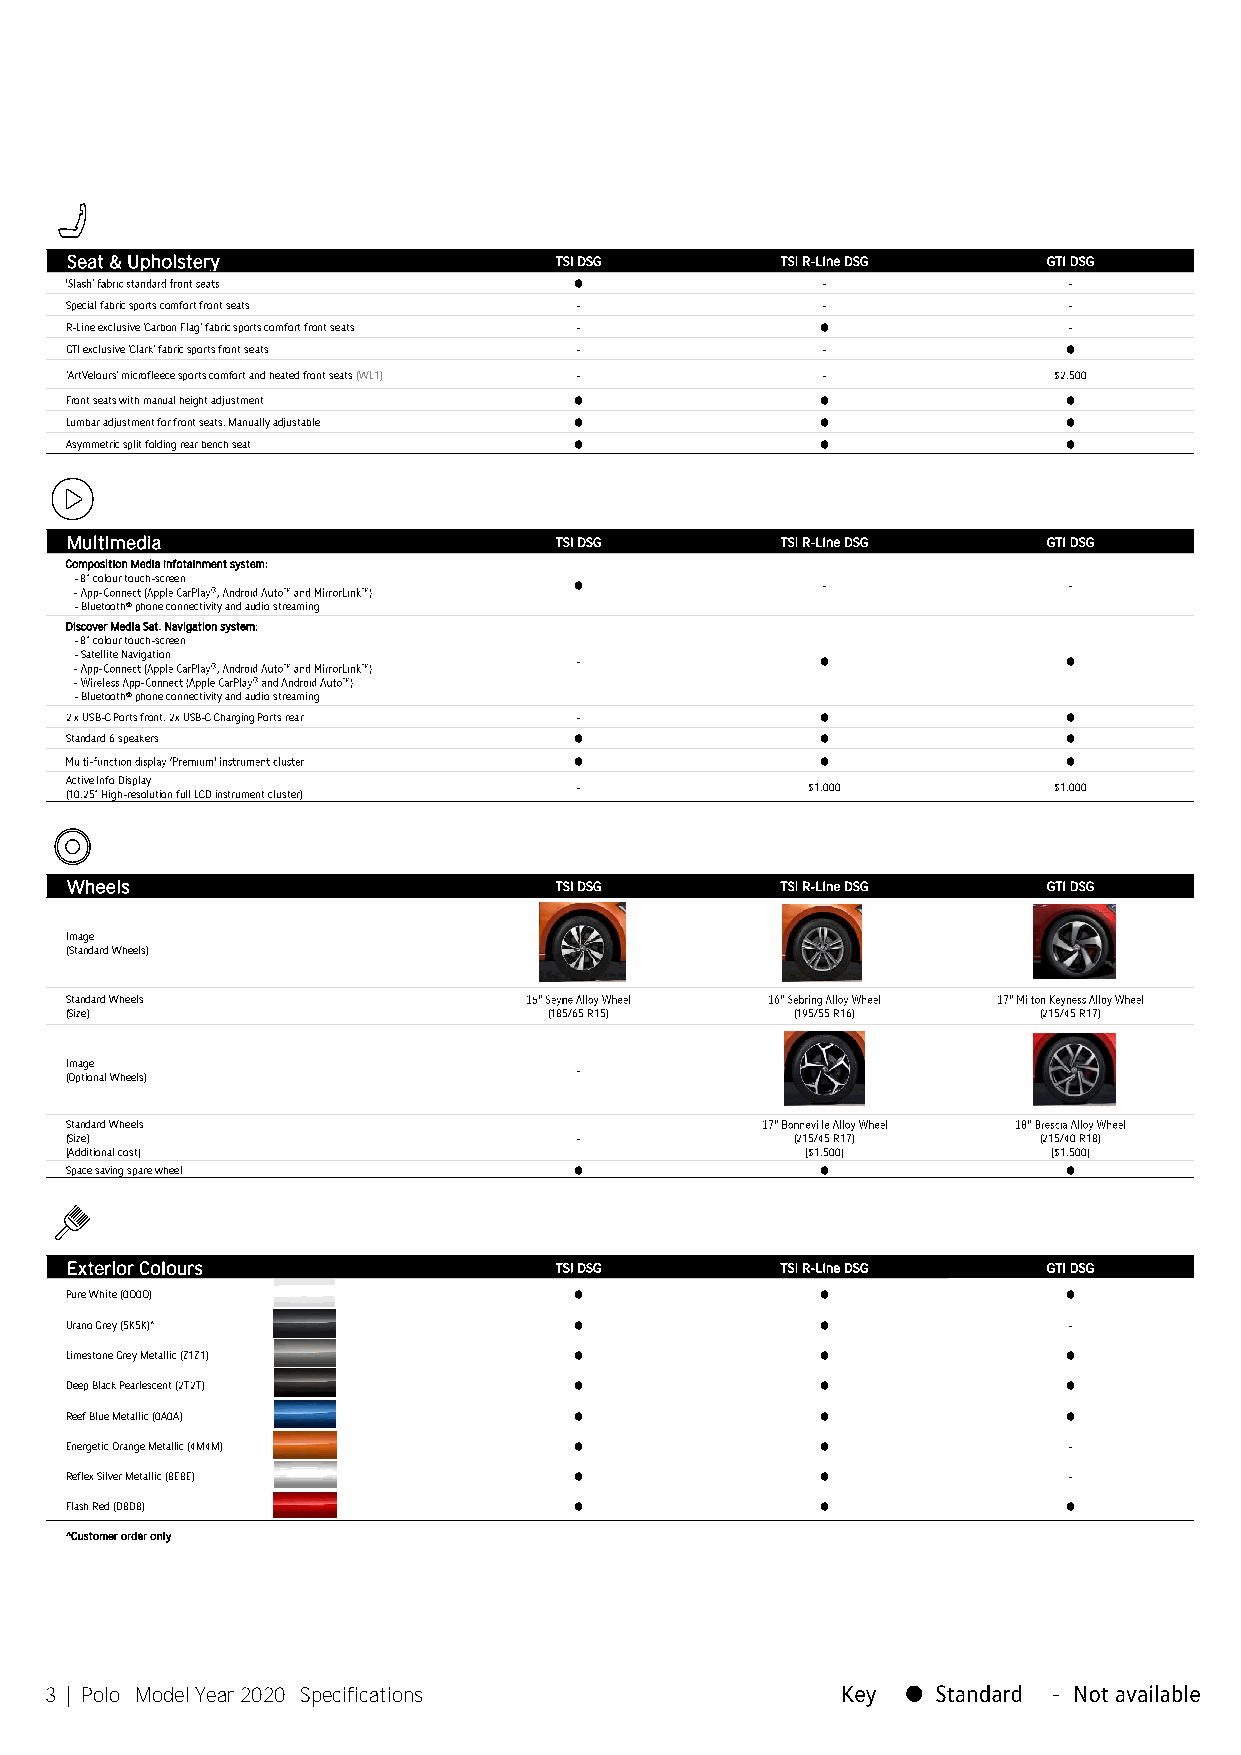
Seat & Upholstery                TSI DSG        TSI R-Line DSG   GTI DSG
 -                -
 Special fabric sports comfort front seats -       -                -
 R-Line exclusive 'Carbon Flag' fabric sports comfort front seats - -
 GTI exclusive 'Clark' fabric sports front seats - -
 'ArtVelours' microfleece sports comfort and heated front seats (WL1) - - $2,500
 Front seats with manual height adjustment
 Lumbar adjustment for front seats, Manually adjustable
 Asymmetric split folding rear bench seat
 Multimedia                       TSI DSG        TSI R-Line DSG   GTI DSG
 Composition Media infotainment system:
 - 8" colour touch-screen
 -                -
 - Bluetooth® phone connectivity and audio streaming
 Discover Media Sat. Navigation system:
 - 8" colour touch-screen
 - Satellite Navigation
 -
 - Bluetooth® phone connectivity and audio streaming
 2 x USB-C Ports front, 2x USB-C Charging Ports rear -
 Standard 6 speakers
 Active Info Display
 -              $1,000           $1,000
 (10.25" High-resolution full LCD instrument cluster)
 Wheels                           TSI DSG        TSI R-Line DSG   GTI DSG
 Image
 (Standard Wheels)
 Standard Wheels
 (Size)                          (185/65 R15)     (195/55 R16)    (215/45 R17)
 Image
 -
 (Optional Wheels)
 Standard Wheels
 (Size)                            -              (215/45 R17)    (215/40 R18)
 [Additional cost]                                [$1,500]         [$1,500]
 Space saving spare wheel
 Exterior Colours                 TSI DSG        TSI R-Line DSG   GTI DSG
 Pure White (0Q0Q)
 Urano Grey (5K5K)^                                                 -
 Limestone Grey Metallic (Z1Z1)
 Deep Black Pearlescent (2T2T)
 Reef Blue Metallic (0A0A)
 Energetic Orange Metallic (4M4M)                                   -
 Reflex Silver Metallic (8E8E)                                      -
 Flash Red (D8D8)
 ^Customer order only
 3 | Polo Model Year 2020 Specifications